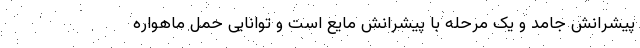
پیشرانش جامد و یک مرحله با پیشرانش مایع است و توانایی حمل ماهواره